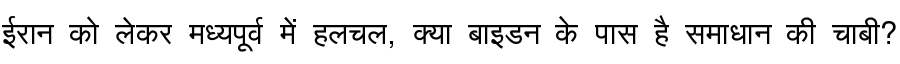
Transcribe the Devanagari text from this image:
ईरान को लेकर मध्यपूर्व में हलचल, क्या बाइडन के पास है समाधान की चाबी?